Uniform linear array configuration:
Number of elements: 64
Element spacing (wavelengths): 1
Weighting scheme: hann
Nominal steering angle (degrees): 15
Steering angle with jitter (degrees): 16.065
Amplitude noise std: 0.05
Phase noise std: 0.05

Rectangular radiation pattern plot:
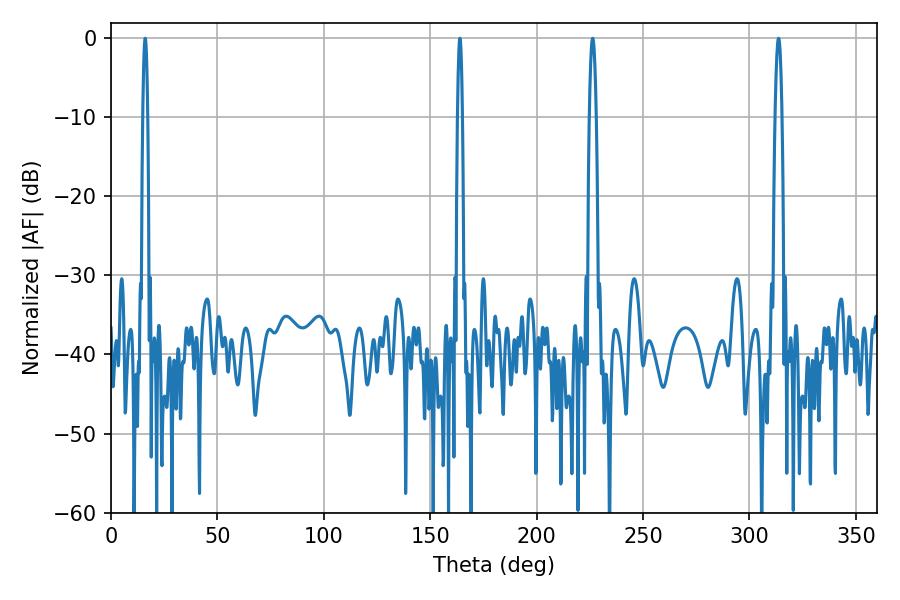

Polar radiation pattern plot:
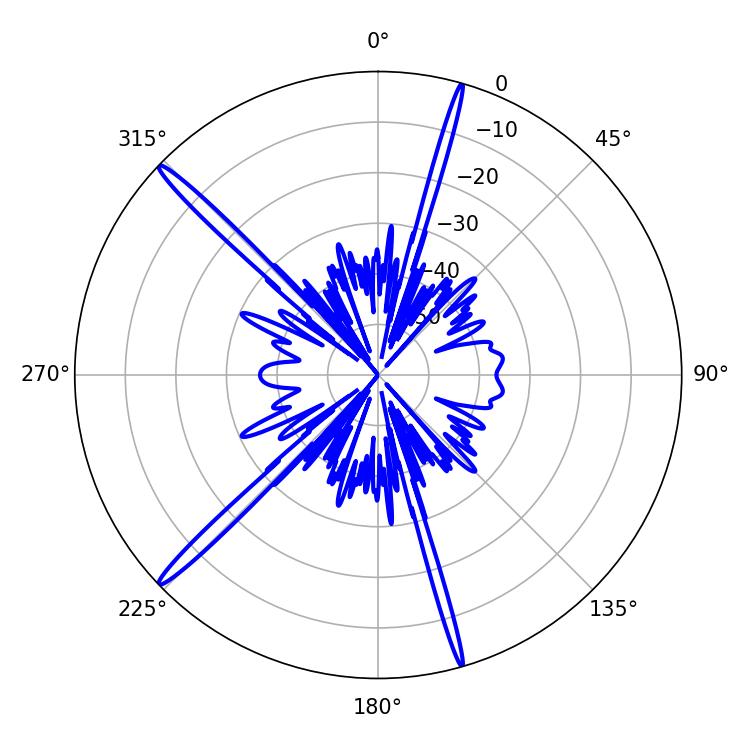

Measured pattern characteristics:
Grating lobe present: TRUE
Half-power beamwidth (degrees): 1.26
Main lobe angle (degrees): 16.02